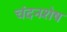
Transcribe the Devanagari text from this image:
चंदनशेष